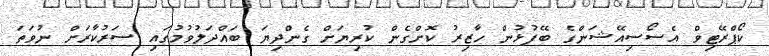
ކޯޕްރޭޓިވް އެސޯސިއޭޝަންގެ ބޭފުޅުން ހާޒިރު ކޮށްގެން ކުރިޔަށް ގެންދިޔަ ބައްދަލުވުމުގައި ސަރުކާރަށް ނުވަތަ